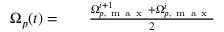
\begin{array} { r l r } { \Omega _ { p } ( t ) = } & { { } } & { \frac { \Omega _ { p , \mathrm { ~ m ~ a ~ x ~ } } ^ { i + 1 } + \Omega _ { p , \mathrm { ~ m ~ a ~ x ~ } } ^ { i } } { 2 } } \end{array}